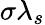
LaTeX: \sigma\lambda_{s}